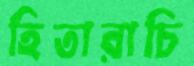
হিতারাচি